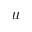
\boldsymbol { u }